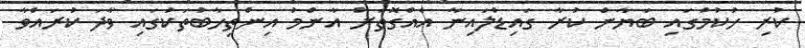
ކުރި ހުކުމުގައި ބަޔާން ކުރާ ގައިޑްލައިނާ އެއްގޮތަށް އާންމު އިންތިހާބުތަކުގައި ވާދަ ކުރައްވާ